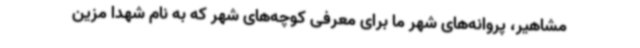
مشاهیر، پروانه‌های شهر ما برای معرفی کوچه‌های شهر که به نام شهدا مزین